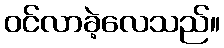
ဝင်လာခဲ့လေသည်။